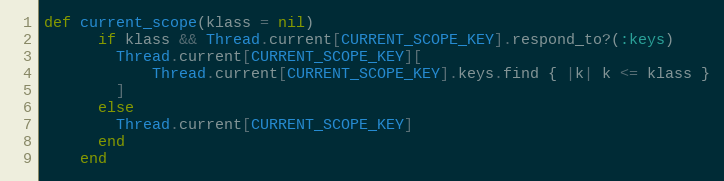
Language: Ruby
def current_scope(klass = nil)
      if klass && Thread.current[CURRENT_SCOPE_KEY].respond_to?(:keys)
        Thread.current[CURRENT_SCOPE_KEY][
            Thread.current[CURRENT_SCOPE_KEY].keys.find { |k| k <= klass }
        ]
      else
        Thread.current[CURRENT_SCOPE_KEY]
      end
    end